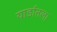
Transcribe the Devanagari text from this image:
यार्डातला